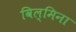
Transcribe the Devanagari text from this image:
विल्‍मिना